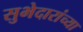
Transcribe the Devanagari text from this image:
सुभेदारांच्या